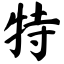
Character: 特